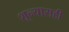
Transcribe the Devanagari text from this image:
शून्यासही